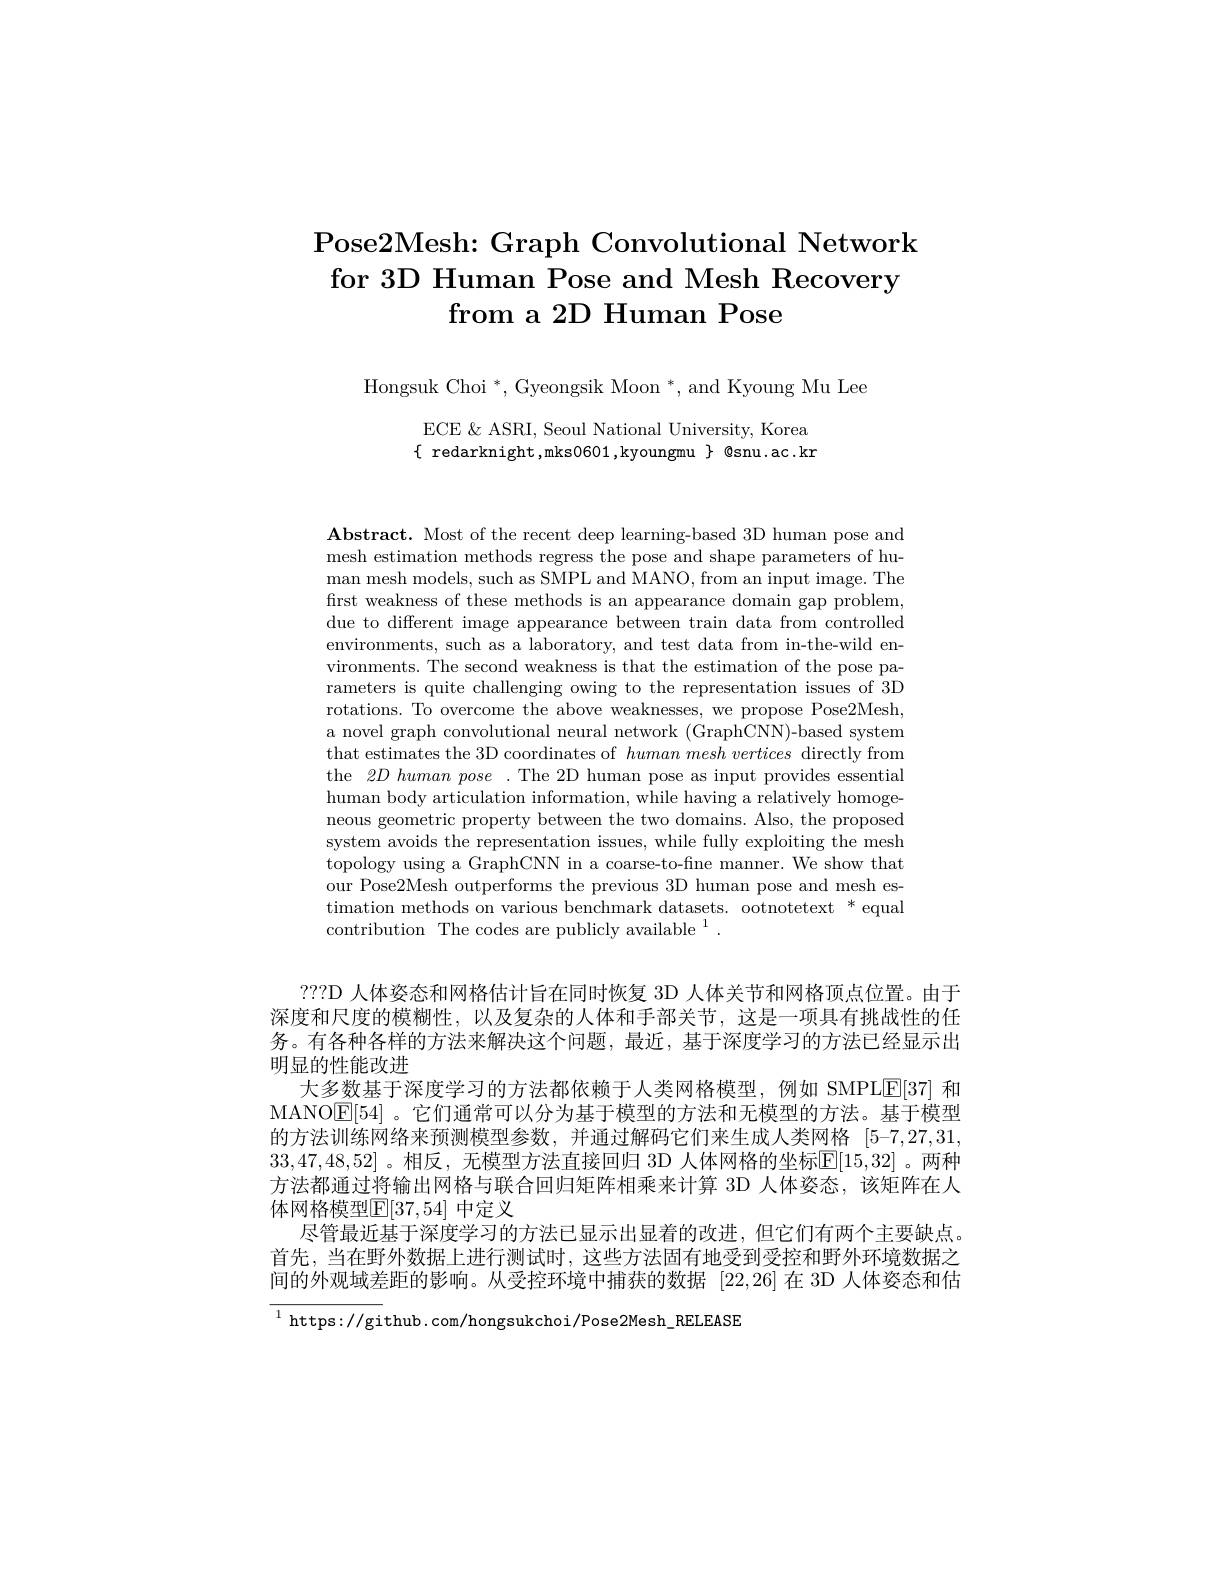
# Pose2Mesh: Graph Convolutional Network for 3D Human Pose and Mesh Recovery from a 2D Human Pose

Hongsuk Choi $^*,\mathrm{~Gyeongsik~Moon~}^*$,and Kyoung Mu Lee

ECE $\&$ ASRI, Seoul National University, Korea $\{$ redarknight,mks0601,kyoungmu $\}$ @snu.ac.kn

$\textbf{Abstract. Most of the recent deep learning- based 3D human pose and}$ mesh estimation methods regress the pose and shape parameters of human mesh models, such as SMPL and MANO, from an input image. The first weakness of these methods is an appearance domain gap problem, due to different image appearance between train data from controlled environments, such as a laboratory, and test data from in-the-wild environments. The second weakness is that the estimation of the pose parameters is quite challenging owing to the representation issues of 3D rotations. To overcome the above weaknesses, we propose Pose2Mesh, a novel graph convolutional neural network (GraphCNN)-based system that estimates the 3D coordinates of $human\textit{ mesh vertices directly from}$ the 2D human pose .The 2D human pose as input provides essential human body articulation information, while having a relatively homogeneous geometric property between the two domains. Also, the proposed system avoids the representation issues, while fully exploiting the mesh topology using a GraphCNN in a coarse-to-fne manner. We show that our Pose2Mesh outperforms the previous 3D human pose and mesh estimation methods on various benchmark datasets. ootnotetext * equal contribution The codes are publicly available $^1.$

???D 人体姿态和网格估计旨在同时恢复 3D 人体关节和网格顶点位置。由于深度和尺度的模糊性，以及复杂的人体和手部关节，这是一项具有挑战性的任务。有各种各样的方法来解决这个问题，最近，基于深度学习的方法已经显示出明显的性能改进
大多数基于深度学习的方法都依赖于人类网格模型，例如 SMPLE[37] 和MANO$\boxed{\mathrm{E}[54]}$。它们通常可以分为基于模型的方法和无模型的方法。基于模型的方法训练网络来预测模型参数，并通过解码它们来生成人类网格 [5-7,27,31] 33,47,48,52] 。相反，无模型方法直接回归 3D 人体网格的坐标$\overline{\mathbb{E}}[15,32]$ 。两种方法都通过将输出网格与联合回归矩阵相乘来计算 3D 人体姿态，该矩阵在人体网格模型$\mathbb{E}[37,54]$ 中定义
尽管最近基于深度学习的方法已显示出显着的改进，但它们有两个主要缺点。首先，当在野外数据上进行测试时，这些方法固有地受到受控和野外环境数据之间的外观域差距的影响。从受控环境中捕获的数据[22,26]在 3D 人体姿态和估

${^{1}\mathrm{~https://gi}}$thub.com/hongsukchoi/Pose2Mesh\_RELEASE